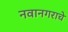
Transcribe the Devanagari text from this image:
नवानगराचे